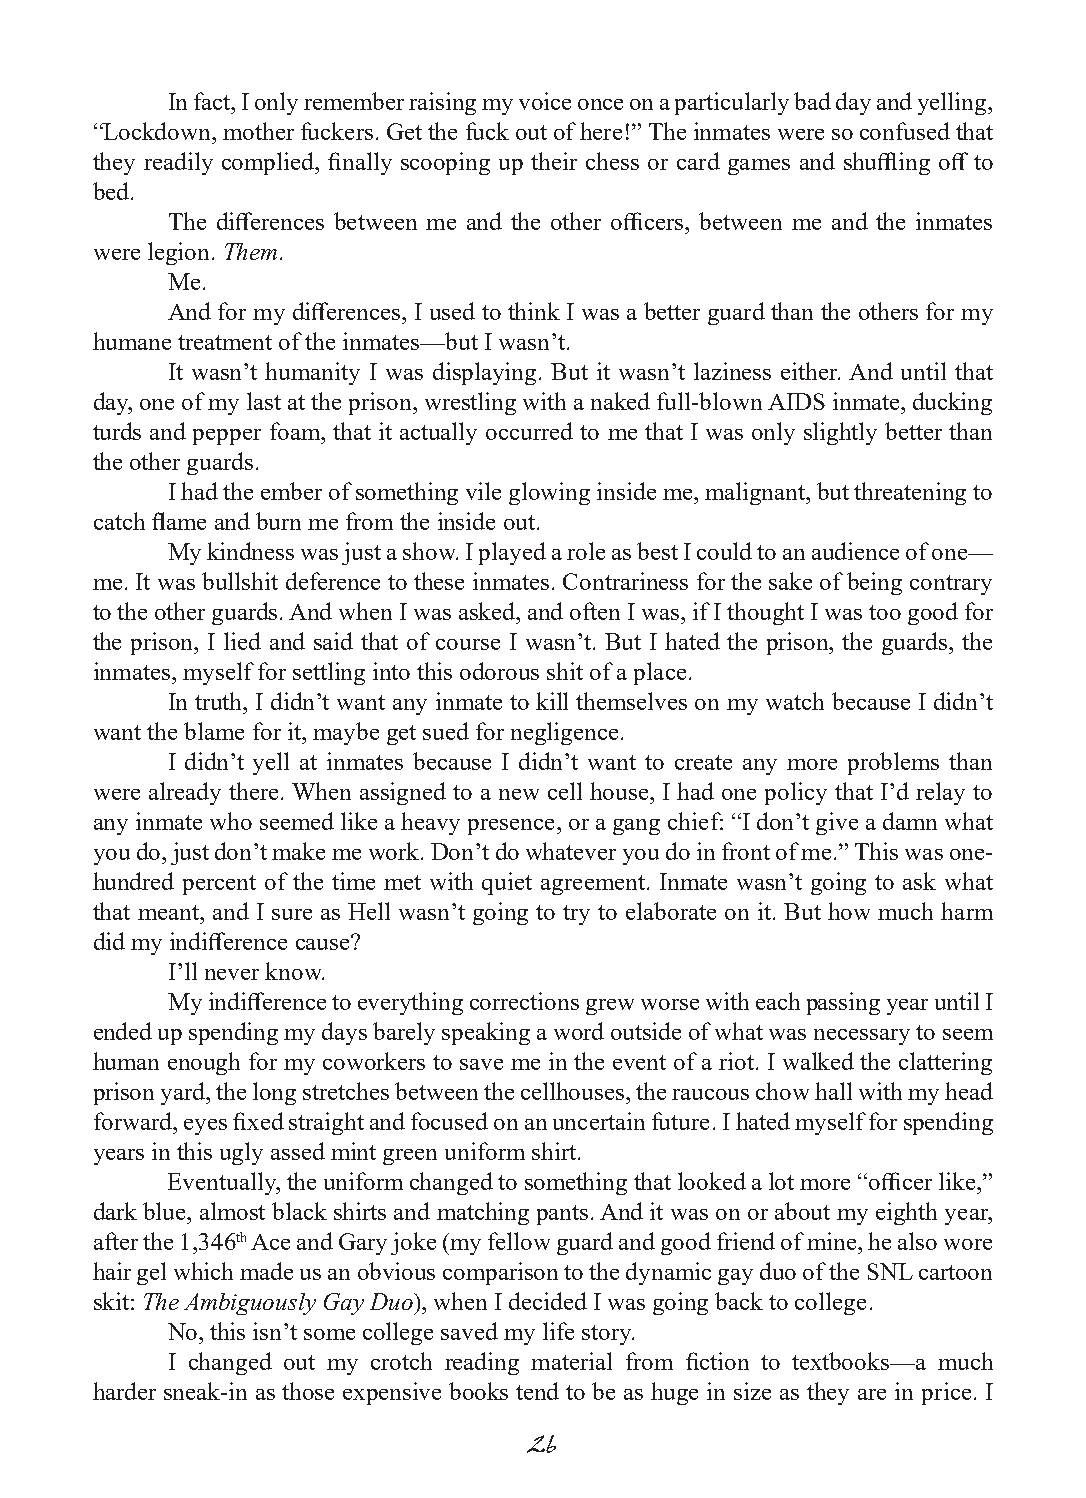
In fact, I only remember raising my voice once on a particularly bad day and yelling,
 “Lockdown, mother fuckers. Get the fuck out of here!” The inmates were so confused that
 they readily complied, finally scooping up their chess or card games and shuffling off to
 bed.
 The differences between me and the other officers, between me and the inmates
 were legion. Them.
 Me.
 And for my differences, I used to think I was a better guard than the others for my
 humane treatment of the inmates—but I wasn’t.
 It wasn’t humanity I was displaying. But it wasn’t laziness either. And until that
 day, one of my last at the prison, wrestling with a naked full-blown AIDS inmate, ducking
 turds and pepper foam, that it actually occurred to me that I was only slightly better than
 the other guards.
 I had the ember of something vile glowing inside me, malignant, but threatening to
 catch flame and burn me from the inside out.
 My kindness was just a show. I played a role as best I could to an audience of one—
 me. It was bullshit deference to these inmates. Contrariness for the sake of being contrary
 to the other guards. And when I was asked, and often I was, if I thought I was too good for
 the prison, I lied and said that of course I wasn’t. But I hated the prison, the guards, the
 inmates, myself for settling into this odorous shit of a place.
 In truth, I didn’t want any inmate to kill themselves on my watch because I didn’t
 want the blame for it, maybe get sued for negligence.
 I didn’t yell at inmates because I didn’t want to create any more problems than
 were already there. When assigned to a new cell house, I had one policy that I’d relay to
 any inmate who seemed like a heavy presence, or a gang chief: “I don’t give a damn what
 you do, just don’t make me work. Don’t do whatever you do in front of me.” This was one-
 hundred percent of the time met with quiet agreement. Inmate wasn’t going to ask what
 that meant, and I sure as Hell wasn’t going to try to elaborate on it. But how much harm
 did my indifference cause?
 I’ll never know.
 My indifference to everything corrections grew worse with each passing year until I
 ended up spending my days barely speaking a word outside of what was necessary to seem
 human enough for my coworkers to save me in the event of a riot. I walked the clattering
 prison yard, the long stretches between the cellhouses, the raucous chow hall with my head
 forward, eyes fixed straight and focused on an uncertain future. I hated myself for spending
 years in this ugly assed mint green uniform shirt.
 Eventually, the uniform changed to something that looked a lot more “officer like,”
 dark blue, almost black shirts and matching pants. And it was on or about my eighth year,
 after the 1,346th Ace and Gary joke (my fellow guard and good friend of mine, he also wore
 hair gel which made us an obvious comparison to the dynamic gay duo of the SNL cartoon
 skit: The Ambiguously Gay Duo), when I decided I was going back to college.
 No, this isn’t some college saved my life story.
 I changed out my crotch reading material from fiction to textbooks—a much
 harder sneak-in as those expensive books tend to be as huge in size as they are in price. I
 26